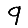
Digit: 9